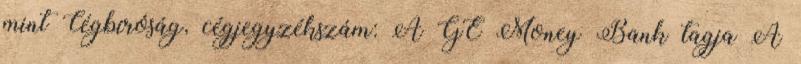
mint Cégbíróság, cégjegyzékszám: A GE Money Bank tagja A